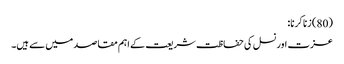
(80) زنا کرنا:
عزت اور نسل کی حفاظت شریعت کے اہم مقاصد میں سے ہیں۔